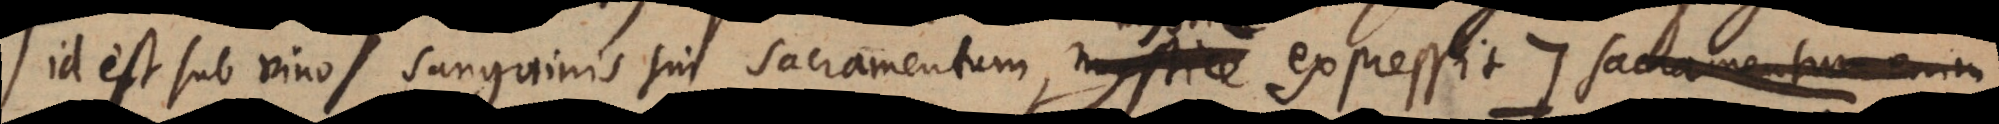
id est sub vino sanguinis sui sacramentum, mystice expressit:) qui